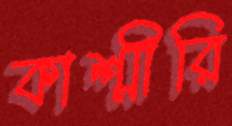
কাশ্মীরি